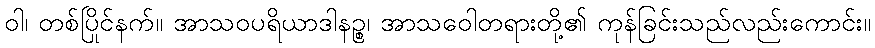
ဝါ၊ တစ်ပြိုင်နက်။ အာသဝပရိယာဒါနဉ္စ၊ အာသဝေါတရားတို့၏ ကုန်ခြင်းသည်လည်းကောင်း။